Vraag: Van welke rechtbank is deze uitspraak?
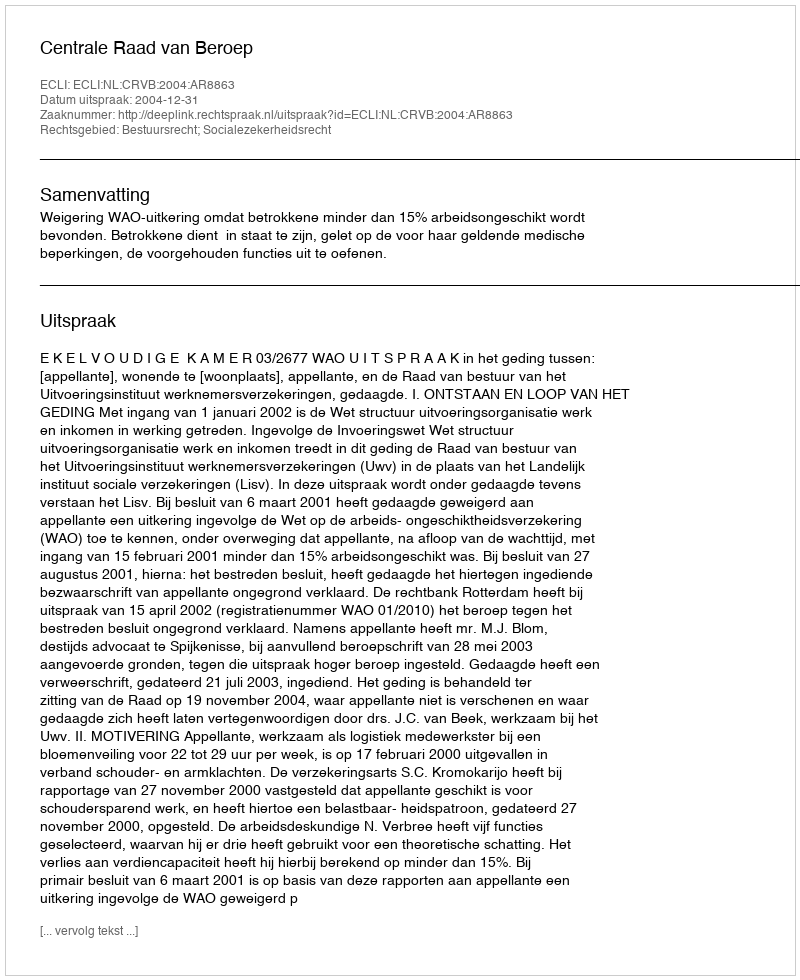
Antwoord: Centrale Raad van Beroep